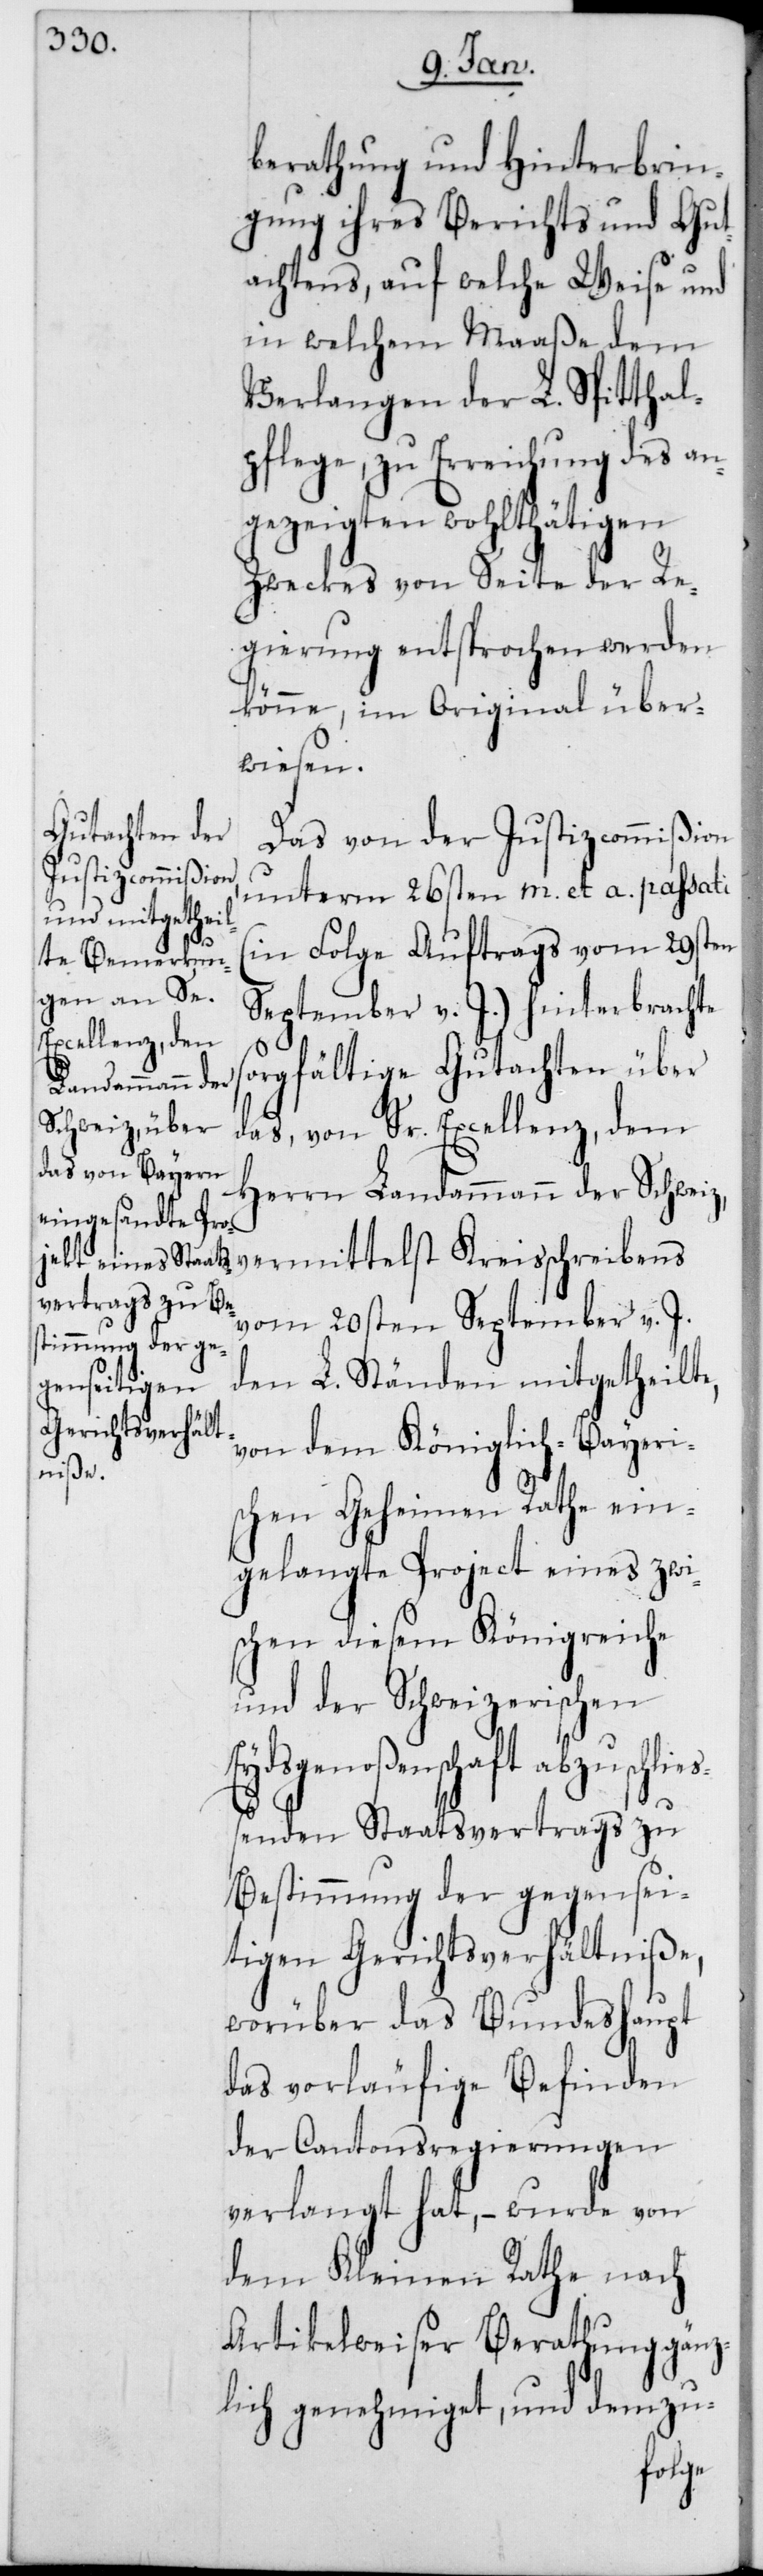
berathung und Hinterbrin¬
gung ihres Berichts und Gut¬
achtens, auf welche Weise und
in welchem Maaße dem
Verlangen der L. Spitthal¬
pflege, zu Erreichung des an¬
gezeigten wohlthätigen
Zweckes von Seite der Re¬
gierung entsprochen werden
könne, im Original über¬
wiesen.
Das von der Justizcommißion
unterm 26sten m. et a. passati
(in Folge Auftrags vom 29sten
September v. J.) hinterbrachte
sorgfältige Gutachten über
das von Sr. Excellenz, dem
Herrn Landammann der Schweiz,
vom 20sten September v. J.
den L. Ständen mitgetheilte,
von dem Königlich-Bayeri¬
schen Geheimen Rathe ein¬
gelangte Project eines zwi¬
schen diesem Königreiche
und der Schweizerischen
Eydsgenoßenschaft abzuschlie¬
ßenden Staatsvertrags zu
Bestimmung der gegensei¬
tigen Gerichtsverhältniße,
worüber das Bundeshaupt
das vorläufige Befinden
der Cantonsregierungen
verlangt hat, – wurde von
dem Kleinen Rathe nach
Artikelweiser Berathung gänz¬
lich genehmiget, und demzu-